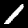
Digit: 1